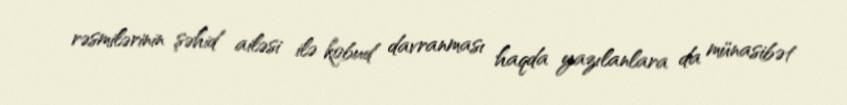
rəsmilərinin şəhid ailəsi ilə kobud davranması haqda yazılanlara da münasibət